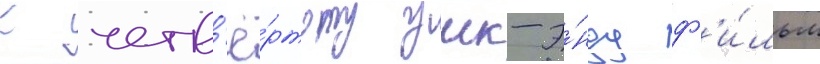
К четв'ё́ртому уик-э́нду ф'и́льм